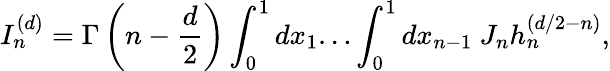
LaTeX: I_{n}^{(d)}=\Gamma\left(n-\frac{d}{2}\right)\int_{0}^{1}dx_{1}{\ldots}\int_{0}^{1}dx_{n-1}~J_{n}h_{n}^{(d/2-n)},